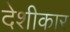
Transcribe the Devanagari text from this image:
देशीकार